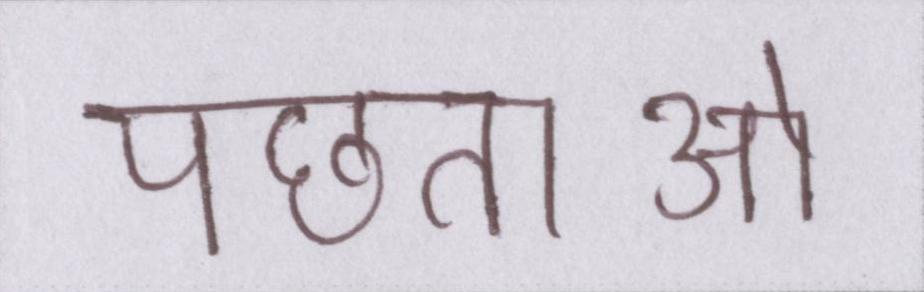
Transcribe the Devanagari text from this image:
पछताओ